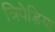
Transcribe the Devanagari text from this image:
त्रिपेडिया